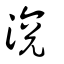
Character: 渷